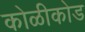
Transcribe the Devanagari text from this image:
कोळीकोड